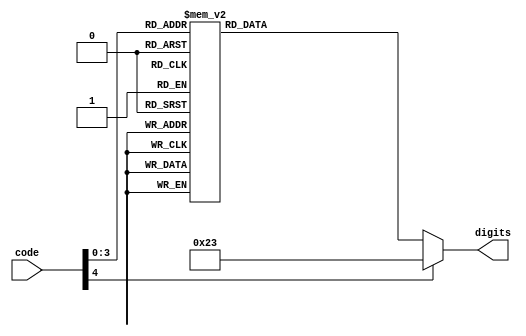
`timescale 1ns / 1ps
//////////////////////////////////////////////////////////////////////////////////
// Company: 
// Engineer: 
// 
// Design Name: 
// Module Name: code2digits
// Project Name: 
// Target Devices: 
// Tool Versions: 
// Description: 
// 
// Dependencies: 
// 
// Revision:
// Revision 0.01 - File Created
// Additional Comments:
// 
//////////////////////////////////////////////////////////////////////////////////


module code2digits(input [4:0] code, output reg [6:0] digits);
    always @ (code)
    case(code)
        0: digits <= 7'b1111111; //nothing
        1: digits <= 7'b0001001; //h
        2: digits <= 7'b0000110; //e
        3: digits <= 7'b1000111; //l
        4: digits <= 7'b1000000; //o
        5: digits <= 7'b1111001; //i
        6: digits <= 7'b0001000; //a
        7: digits <= 7'b1111000;
        8: digits <= 7'b0000000;
        9: digits <= 7'b0010000;
        'hA: digits <= 7'b0001000;
        'hB: digits <= 7'b0000011;
        'hC: digits <= 7'b0100111;
        'hD: digits <= 7'b0100001;
        'hE: digits <= 7'b0000110;
        'hF: digits <= 7'b0001110;
        default: digits <= 7'b0100011;
    endcase
endmodule